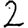
Digit: 2